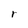
Character: r